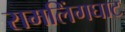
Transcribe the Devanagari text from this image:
रामलिंगघाट